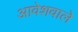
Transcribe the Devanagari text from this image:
आवेशवाले